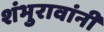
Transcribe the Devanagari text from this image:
शंभुरावांनी